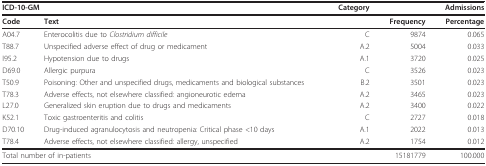
| <COLSPAN=2> ICD-10-GM | Category | <COLSPAN=2> Admissions |
 | --- | --- | --- | --- | --- |
 | Code | Text |  | Frequency | Percentage |
 | A04.7 | Enterocolitis due to Clostridium difficile | C | 9874 | 0.065 |
 | T88.7 | Unspecified adverse effect of drug or medicament | A.2 | 5004 | 0.033 |
 | I95.2 | Hypotension due to drugs | A.1 | 3720 | 0.025 |
 | D69.0 | Allergic purpura | C | 3526 | 0.023 |
 | T50.9 | Poisoning: Other and unspecified drugs, medicaments and biological substances | B.2 | 3501 | 0.023 |
 | T78.3 | Adverse effects, not elsewhere classified: angioneurotic edema | A.2 | 3465 | 0.023 |
 | L27.0 | Generalized skin eruption due to drugs and medicaments | A.2 | 3400 | 0.022 |
 | K52.1 | Toxic gastroenteritis and colitis | C | 2727 | 0.018 |
 | D70.10 | Drug-induced agranulocytosis and neutropenia: Critical phase <10 days | A.1 | 2022 | 0.013 |
 | T78.4 | Adverse effects, not elsewhere classified: allergy, unspecified | A.2 | 1754 | 0.012 |
 | <COLSPAN=2> Total number of in-patients |  | 15181779 | 100.000 |